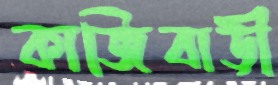
কাজিবাড়ী